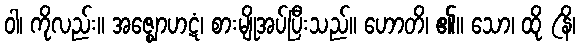
ဝါ၊ ကိုလည်း။ အဇ္ဈောဟဋံ၊ စားမျိုအပ်ပြီးသည်။ ဟောတိ၊ ၏။ သော၊ ထို (နိ၊